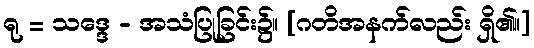
ရု = သဒ္ဒေ - အသံပြုခြင်း၌။ [ဂတိအနက်လည်း ရှိ၏။]